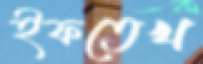
ইফতেখ